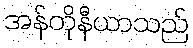
အန်တိုနီယာသည်